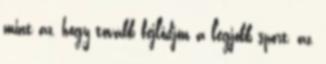
mint az, hogy tovább fejlődjön a legjobb sport, az,